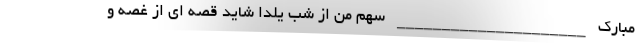
مبارک _____________________ سهم من از شب یلدا شاید قصه ای از غصه و